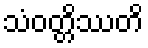
သံဝတ္တိဿတိ